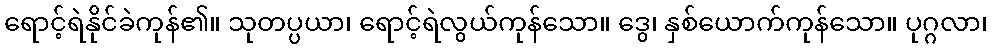
ရောင့်ရဲနိုင်ခဲကုန်၏။ သုတပ္ပယာ၊ ရောင့်ရဲလွယ်ကုန်သော။ ဒွေ၊ နှစ်ယောက်ကုန်သော။ ပုဂ္ဂလာ၊